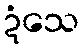
ဍံသေ